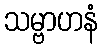
သမ္ဗာဟနံ